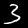
Label: 3